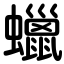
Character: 蠟